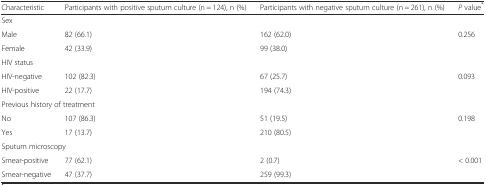
| Characteristic | Participants with positive sputum culture (n = 124), n (%) | Participants with negative sputum culture (n = 261), n (%) | P value* |
 | --- | --- | --- | --- |
 | <COLSPAN=4> Sex |
 | Male | 82 (66.1) | 162 (62.0) | 0.256 |
 | Female | 42 (33.9) | 99 (38.0) |  |
 | HIV status |  |  |  |
 | HIV-negative | 102 (82.3) | 67 (25.7) | 0.093 |
 | HIV-positive | 22 (17.7) | 194 (74.3) |  |
 | <COLSPAN=4> Previous history of treatment |
 | No | 107 (86.3) | 51 (19.5) | 0.198 |
 | Yes | 17 (13.7) | 210 (80.5) |  |
 | <COLSPAN=4> Sputum microscopy |
 | Smear-positive | 77 (62.1) | 2 (0.7) | < 0.001 |
 | Smear-negative | 47 (37.7) | 259 (99.3) |  |